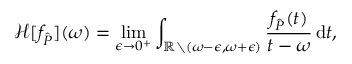
\mathcal H [ f _ { \hat { P } } ] ( \omega ) = \operatorname* { l i m } _ { \epsilon \to 0 ^ { + } } \int _ { \mathbb R \setminus ( \omega - \epsilon , \omega + \epsilon ) } \frac { f _ { \hat { P } } ( t ) } { t - \omega } \, \mathrm d t ,